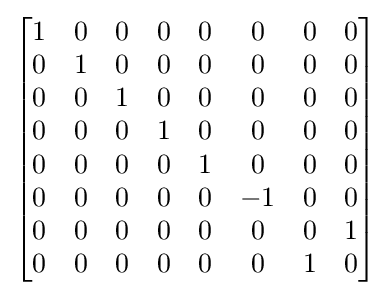
{\begin{bmatrix}1&0&0&0&0&0&0&0\\0&1&0&0&0&0&0&0\\0&0&1&0&0&0&0&0\\0&0&0&1&0&0&0&0\\0&0&0&0&1&0&0&0\\0&0&0&0&0&-1&0&0\\0&0&0&0&0&0&0&1\\0&0&0&0&0&0&1&0\\\end{bmatrix}}